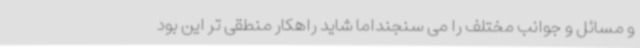
و مسائل و جوانب مختلف را می سنجنداما شاید راهکار منطقی تر این بود